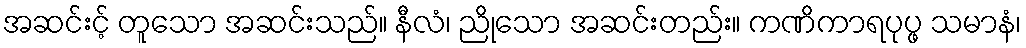
အဆင်းင့် တူသော အဆင်းသည်။ နီလံ၊ ညိုသော အဆင်းတည်း။ ကဏိကာရပုပ္ဖ သမာနံ၊